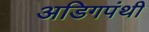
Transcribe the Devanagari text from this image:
अडिगपंथी